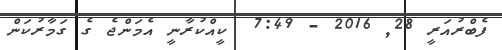
ފެބްރުއަރީ 28